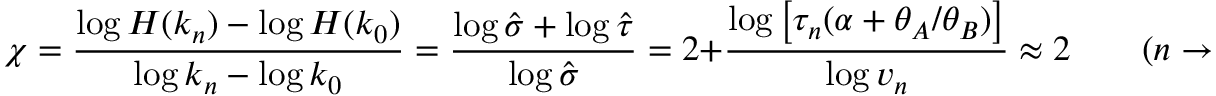
\chi = \frac { \log H ( k _ { n } ) - \log H ( k _ { 0 } ) } { \log k _ { n } - \log k _ { 0 } } = \frac { \log \hat { \sigma } + \log \hat { \tau } } { \log \hat { \sigma } } = 2 + \frac { \log \left[ \tau _ { n } ( \alpha + \theta _ { A } / \theta _ { B } ) \right] } { \log v _ { n } } \approx 2 \qquad ( n \to \infty )